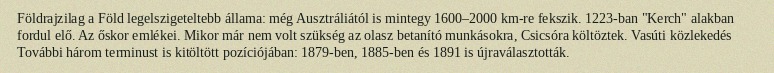
Földrajzilag a Föld legelszigeteltebb állama: még Ausztráliától is mintegy 1600–2000 km-re fekszik. 1223-ban "Kerch" alakban fordul elő. Az őskor emlékei. Mikor már nem volt szükség az olasz betanító munkásokra, Csicsóra költöztek. Vasúti közlekedés További három terminust is kitöltött pozíciójában: 1879-ben, 1885-ben és 1891 is újraválasztották.